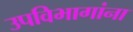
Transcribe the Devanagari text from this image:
उपविभागांना